system: You are a helpful assistant.
user:
Analyze the provided spectrum to determine if it is a **"Cataclysmic Variables (CV)"**.

- **Key Indicators for CV (Check for either state):**
    - **State 1: Quiescent / Low-State (Emission-Dominated)**
        - **(Primary):** Strong and *very broad* Hydrogen Balmer emission lines (e.g., $H\alpha$ at 6563 Å, $H\beta$ at 4861 Å). The 'broadness' (high velocity dispersion, often FWHM > 1000 km/s) is the key diagnostic, indicating a high-velocity accretion disk.
        - **(Secondary):** Broad neutral Helium (He I) emission lines (e.g., 5876 Å, 6678 Å).
        - **(Key Confirmation):** Presence of high-excitation *ionized* Helium (He II) emission at 4686 Å. This is a strong indicator of accretion onto a white dwarf.
        - **(Line Profile):** Emission lines may exhibit a 'double-peaked' profile, which is a classic signature of a rotating accretion disk viewed at high inclination.

    - **State 2: Outburst / High-State (Absorption-Dominated)**
        - **(Primary):** Spectrum is dominated by a bright, blue continuum (looks like a hot star).
        - **(Secondary):** The emission lines from State 1 are weak, absent, or 'filled in', and are replaced by broad, shallow *absorption* lines (primarily Balmer and He I).
        - **(Morphology):** The overall spectrum mimics a hot B/A-type star. The crucial difference is that the absorption lines are significantly broader, shallower, and more 'washed-out' (or 'smeared') than the sharp lines of a normal stellar photosphere, due to high rotational speeds and pressure broadening in the disk.

Think first, call **spectral_visualization_tool** if needed to examine features in detail, then provide your final answer. Your response must adhere to the following strict rules:
1.  **Overall Structure:** Your response must follow the format `<think>...</think> <tool_call>...</tool_call> (if a tool is used) <answer>...</answer>`.
2.  **Tool Usage Constraint:** You may only make **one** tool call per turn.
3.  **Final Answer Format:** In the `<answer>` tag, your conclusion must be inside a `\boxed{}` command (e.g., `\boxed{YES}`), followed by your justification.

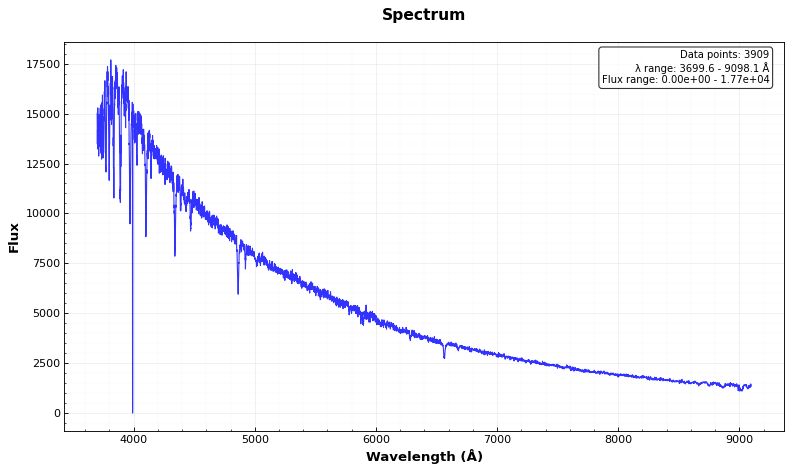
Answer: NO